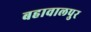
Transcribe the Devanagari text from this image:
बहावालपुर